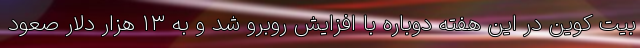
بیت کوین در این هفته دوباره با افزایش روبرو شد و به ۱۳ هزار دلار صعود